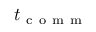
t _ { \mathrm { ~ c ~ o ~ m ~ m ~ } }